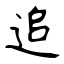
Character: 追